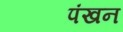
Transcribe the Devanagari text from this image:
पंखन